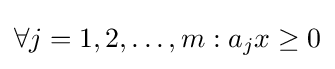
\forall j=1,2,{\text{…}},m:a_{j}x\geq 0